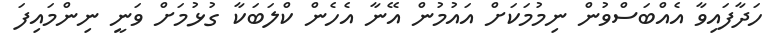
ހަދާފައިވާ އެއްބަސްވުން ނިމުމަކަށް އައުމުން އޭނާ އެހެން ކްލަބަކާ ގުޅުމަށް ވަނީ ނިންމައިފަ